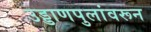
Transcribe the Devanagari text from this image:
उड्डाणपुलांवरून